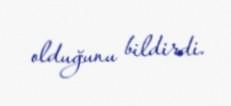
olduğunu bildirdi.